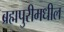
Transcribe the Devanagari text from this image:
ब्रह्मपुरीमधील